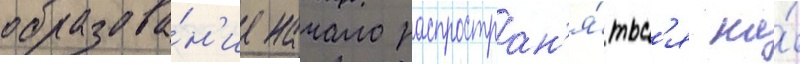
образова́н'ие начало распростран'я́тьс'я на́